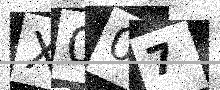
Text: X007